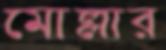
মোল্লার